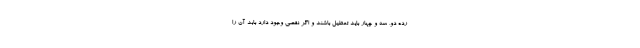
رده دو، سه و چهار باید تعطیل باشند و اگر نقصی وجود دارد بابد آن را